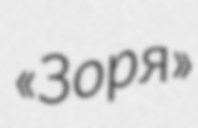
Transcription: «Зоря»